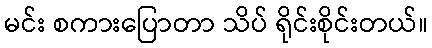
မင်း စကားပြောတာ သိပ် ရိုင်းစိုင်းတယ်။